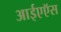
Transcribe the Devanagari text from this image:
आईएऍस